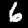
Label: 6